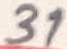
Text: 31